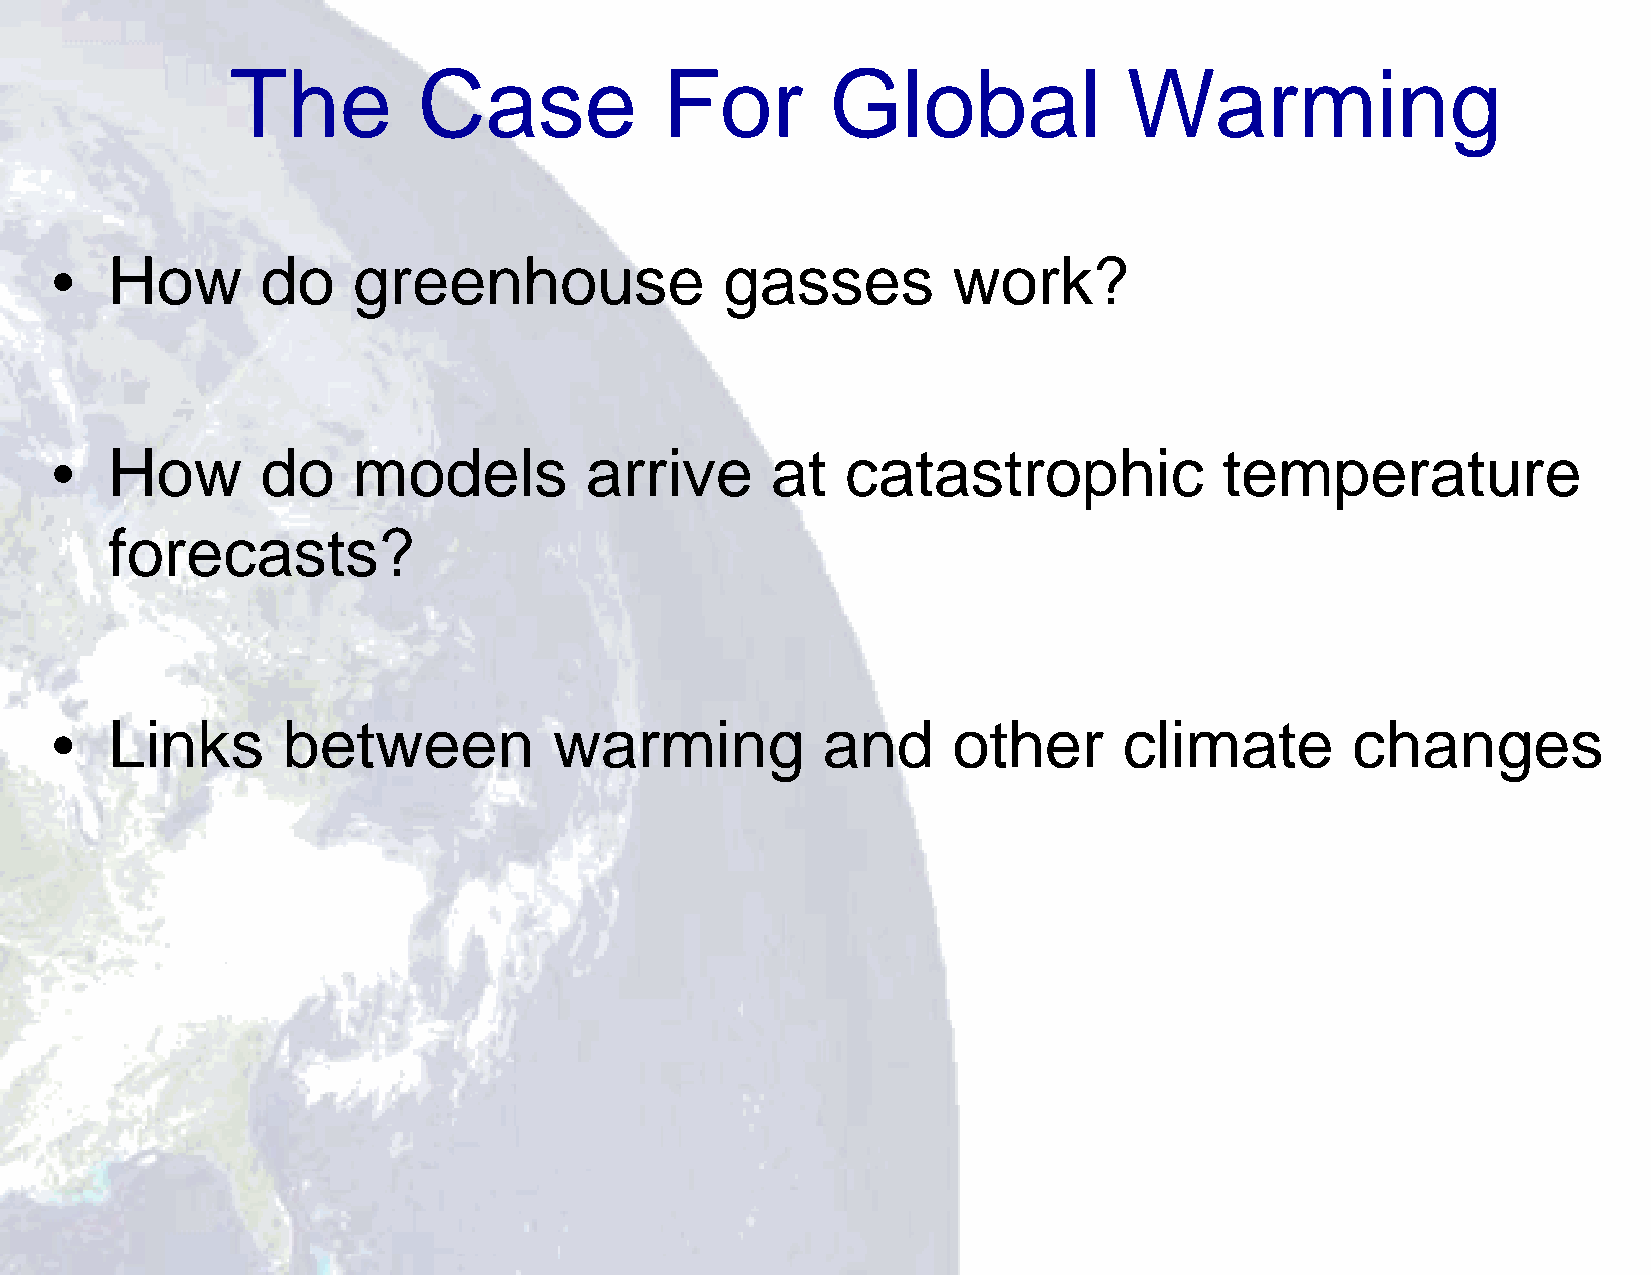
2
 The          Case            For        Global              Warming
 •   How       do    greenhouse               gasses         work?
 •   How       do    models          arrive      at   catastrophic             temperature
 forecasts?
 •   Links       between           warming          and      other      climate        changes